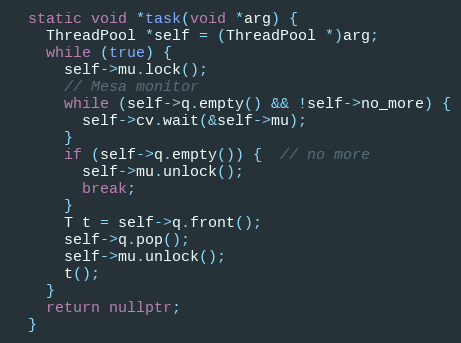
Language: C++
  static void *task(void *arg) {
    ThreadPool *self = (ThreadPool *)arg;
    while (true) {
      self->mu.lock();
      // Mesa monitor
      while (self->q.empty() && !self->no_more) {
        self->cv.wait(&self->mu);
      }
      if (self->q.empty()) {  // no more
        self->mu.unlock();
        break;
      }
      T t = self->q.front();
      self->q.pop();
      self->mu.unlock();
      t();
    }
    return nullptr;
  }